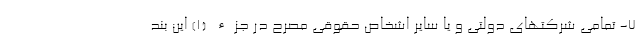
۷- تمامی شرکتهای دولتی و یا سایر اشخاص حقوقی مصرح در جزء (۱) این بند